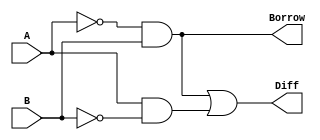
module half_subtractor(A, B, Diff, Borrow);
	input A,B;
	output Diff, Borrow;
	assign Diff = (~A&B)|(A&~B);
	assign Borrow = ~A&B;
endmodule

module test;
    reg a,b;
    wire diff,borrow;
    half_subtractor g1(a, b, diff, borrow);
    
    initial begin
    	$dumpfile("half-subtractor.vcd");
    	$dumpvars(0, test);
    	$display("A\tB\tDiff\tBorrow");
    	$monitor("%b\t%b\t%b\t%b", a,b,diff,borrow);
    	a=0;b=0;
    	#10 a=0;b=1;
    	#10 a=1;b=0;
    	#10 a=1;b=1;
    	#10 a=0;b=0;
    	$finish;
    end
endmodule